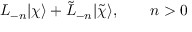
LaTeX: L _ { - n } | \chi \rangle + \tilde { L } _ { - n } | \tilde { \chi } \rangle , \qquad n > 0